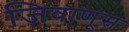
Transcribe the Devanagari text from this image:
जिवाणूस